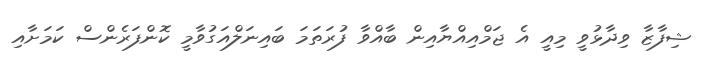
ޝިފާޒާ ވިދާޅުވީ މިއީ އެ ޖަމްއިއްޔާއިން ބާއްވާ ފުރަތަމަ ބައިނަލްއަގުވާމީ ކޮންފަރެންސް ކަމަށާއި